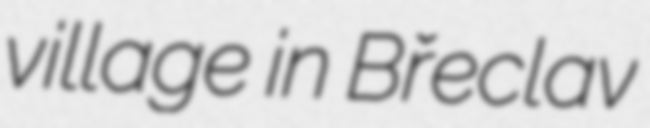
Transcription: village in Břeclav